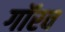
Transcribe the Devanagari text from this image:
गॉरव